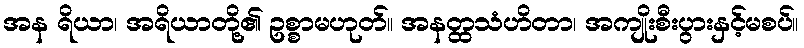
အန ရိယာ၊ အရိယာတို့၏ ဥစ္စာမဟုတ်။ အနတ္ထသံဟိတာ၊ အကျိုးစီးပွားနှင့်မစပ်။